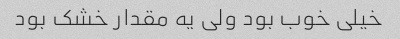
خیلی خوب بود ولی یه مقدار خشک بود